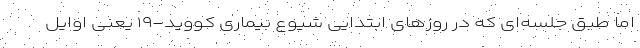
اما طبق جلسه‌ای که در روزهای ابتدایی شیوع بیماری کووید-۱۹ یعنی اوایل